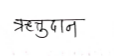
मजकूर: ऋतुदान